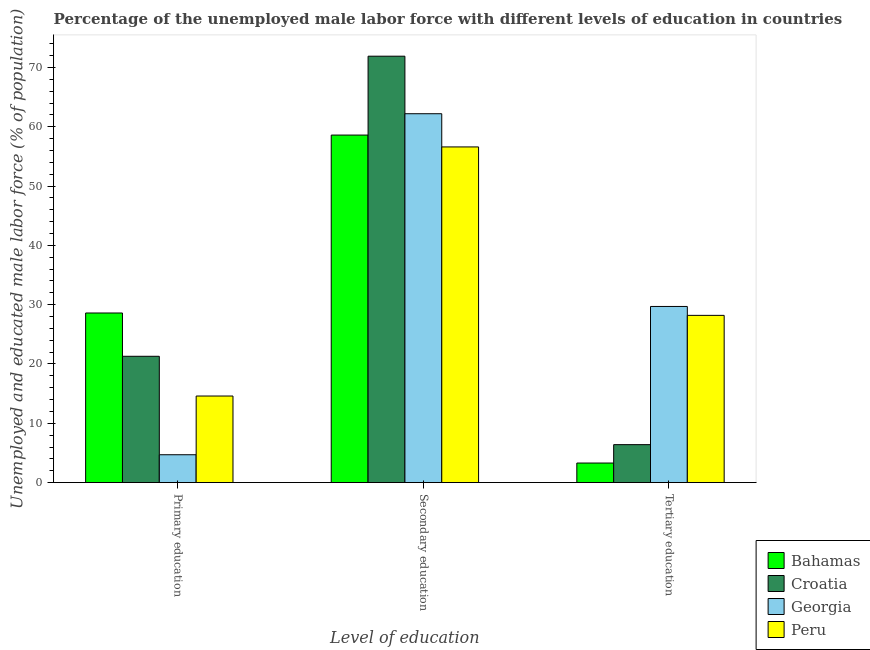
| Level of education | Bahamas | Croatia | Georgia | Peru |
 | --- | --- | --- | --- | --- |
 | Primary education | 28.6 | 21.3 | 4.7 | 14.6 |
 | Secondary education | 58.6 | 71.9 | 62.2 | 56.6 |
 | Tertiary education | 3.3 | 6.4 | 29.7 | 28.2 |